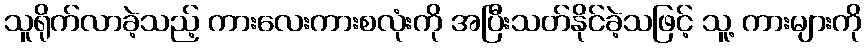
သူရိုက်လာခဲ့သည့် ကားလေးကားစလုံးကို အပြီးသတ်နိုင်ခဲ့သဖြင့် သူ့ ကားများကို